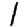
Digit: 1